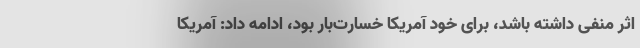
اثر منفی داشته باشد، برای خود آمریکا خسارت‌بار بود، ادامه داد: آمریکا